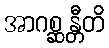
အာဂစ္ဆန္တီတိ